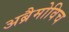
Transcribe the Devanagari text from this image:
अब्रैमोविच